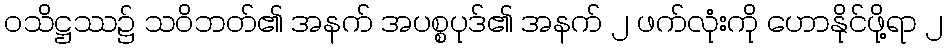
ဝသိဋ္ဌဿ၌ သဝိဘတ်၏ အနက် အပစ္စပုဒ်၏ အနက် ၂ ဖက်လုံးကို ဟောနိုင်ဖို့ရာ ၂